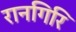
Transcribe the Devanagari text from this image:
रानगिरि